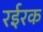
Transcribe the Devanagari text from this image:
रईरक